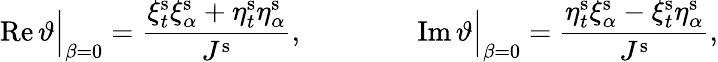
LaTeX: \operatorname{Re}\vartheta\Big\vert_{\beta=0}=\frac{\xi_{t}^{\mathrm{s}}\xi_{\alpha}^{\mathrm{s}}+\eta_{t}^{\mathrm{s}}\eta_{\alpha}^{\mathrm{s}}}{J^{\mathrm{s}}},\qquad\qquad\operatorname{Im}\vartheta\Big\vert_{\beta=0}=\frac{\eta_{t}^{\mathrm{s}}\xi_{\alpha}^{\mathrm{s}}-\xi_{t}^{\mathrm{s}}\eta_{\alpha}^{\mathrm{s}}}{J^{\mathrm{s}}},